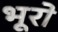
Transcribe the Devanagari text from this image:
भूरो